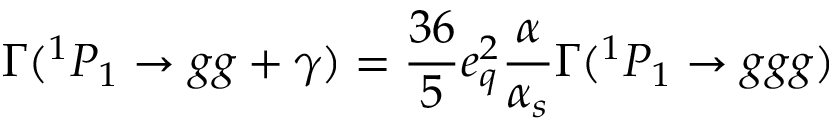
\Gamma ( ^ { 1 } P _ { 1 } \to g g + \gamma ) = { \frac { 3 6 } { 5 } } e _ { q } ^ { 2 } { \frac { \alpha } { \alpha _ { s } } } \Gamma ( ^ { 1 } P _ { 1 } \to g g g )